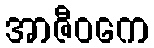
အာဇီဝကေ